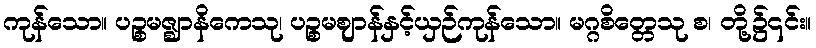
ကုန်သော။ ပဉ္စမဇ္ဈာနိကေသု၊ ပဉ္စမဈာန်နှင့်ယှဉ်ကုန်သော။ မဂ္ဂစိတ္တေသု စ၊ တို့၌၎င်း။